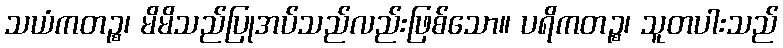
သယံကတဉ္စ၊ မိမိသည်ပြုအပ်သည်လည်းဖြစ်သော။ ပရိကတဉ္စ၊ သူတပါးသည်